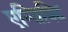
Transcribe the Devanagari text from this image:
एग्ज़िविट